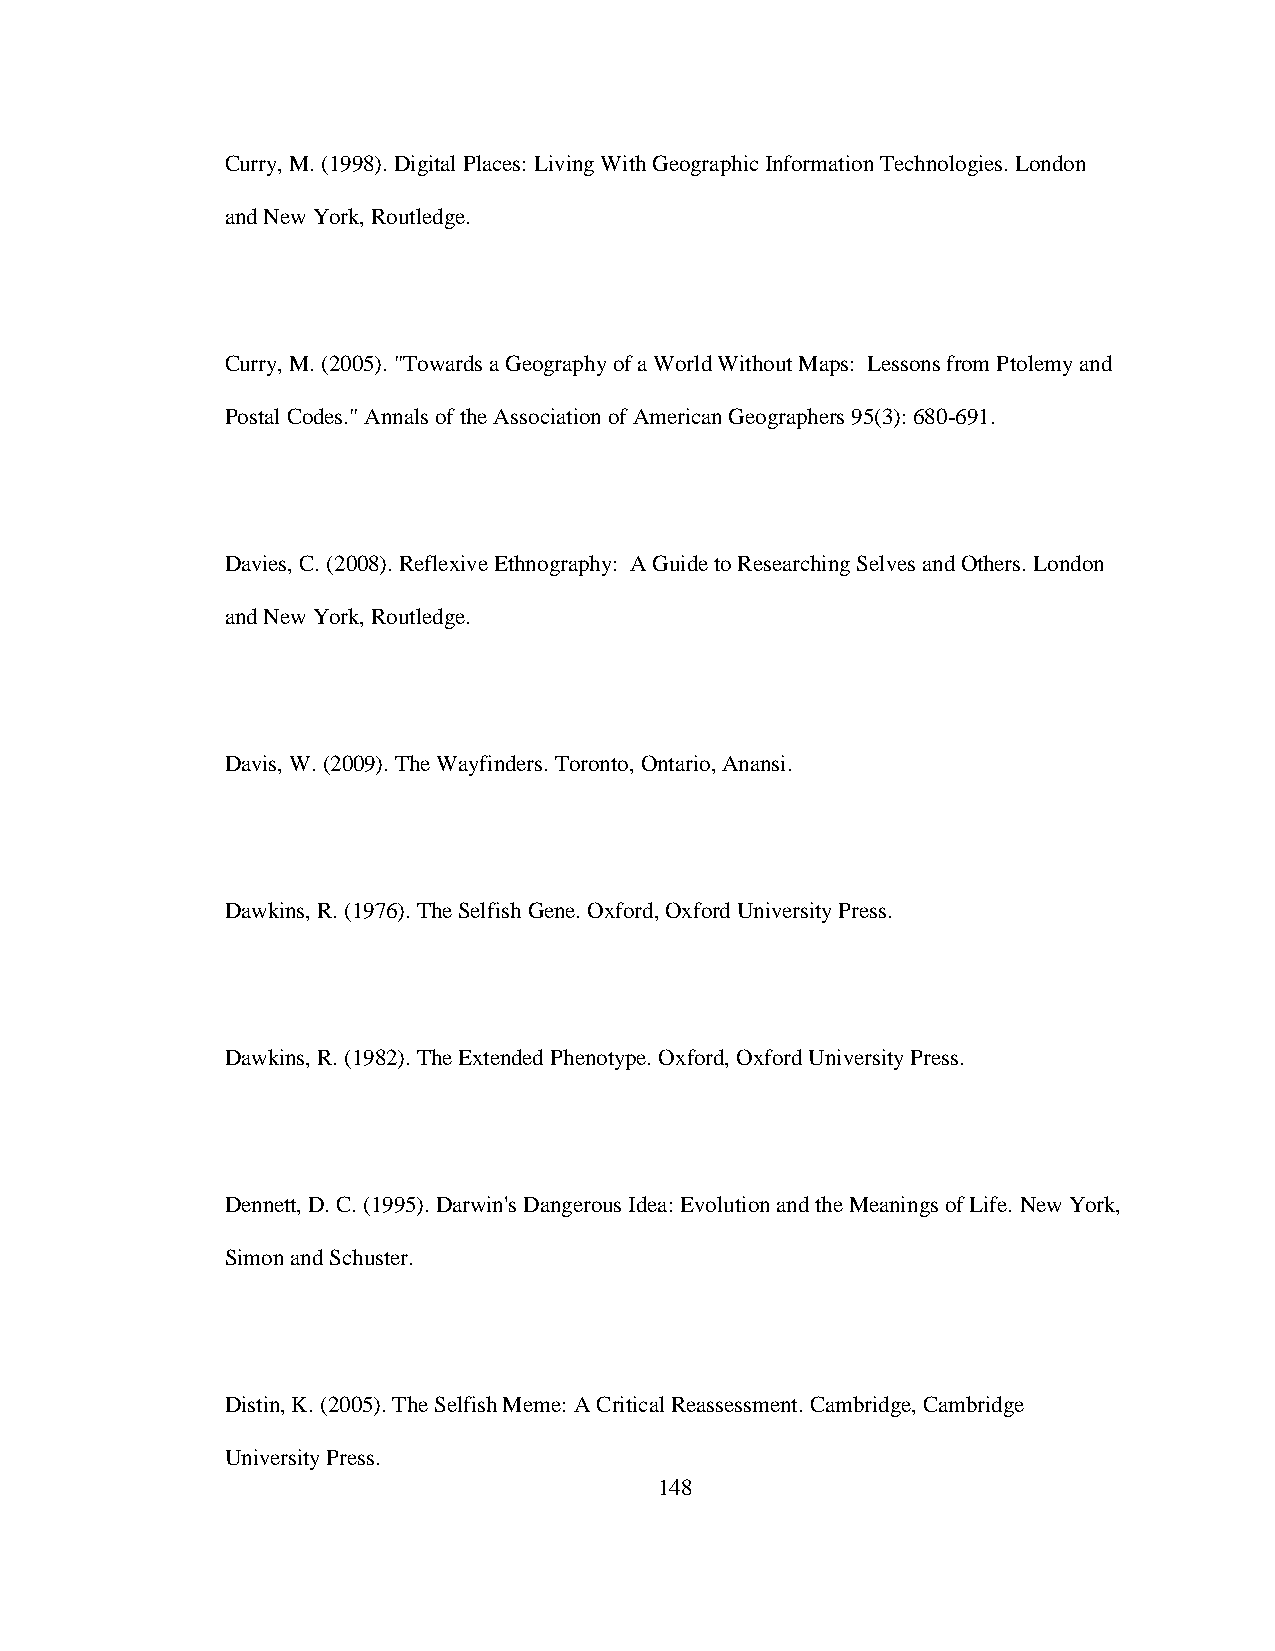
Curry, M. (1998). Digital Places: Living With Geographic Information Technologies. London
 and New York, Routledge.
 Curry, M. (2005). "Towards a Geography of a World Without Maps: Lessons from Ptolemy and
 Postal Codes." Annals of the Association of American Geographers 95(3): 680-691.
 Davies, C. (2008). Reflexive Ethnography: A Guide to Researching Selves and Others. London
 and New York, Routledge.
 Davis, W. (2009). The Wayfinders. Toronto, Ontario, Anansi.
 Dawkins, R. (1976). The Selfish Gene. Oxford, Oxford University Press.
 Dawkins, R. (1982). The Extended Phenotype. Oxford, Oxford University Press.
 Dennett, D. C. (1995). Darwin's Dangerous Idea: Evolution and the Meanings of Life. New York,
 Simon and Schuster.
 Distin, K. (2005). The Selfish Meme: A Critical Reassessment. Cambridge, Cambridge
 University Press.
 148